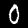
Label: 0